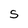
Character: S